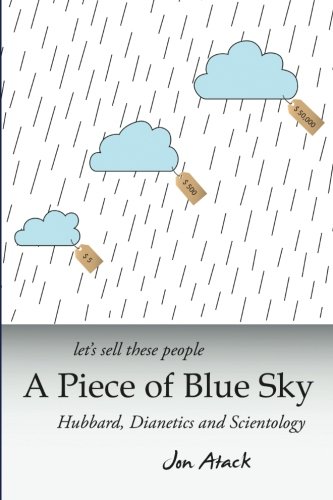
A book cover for Let's sell these people A Piece of Blue Sky: Hubbard, Dianetics and Scientology; Jon Atack; Religion & Spirituality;